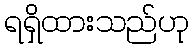
ရရှိထားသည်ဟု